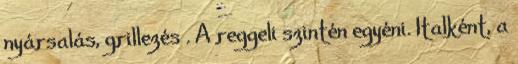
nyársalás, grillezés . A reggeli szintén egyéni. Italként, a